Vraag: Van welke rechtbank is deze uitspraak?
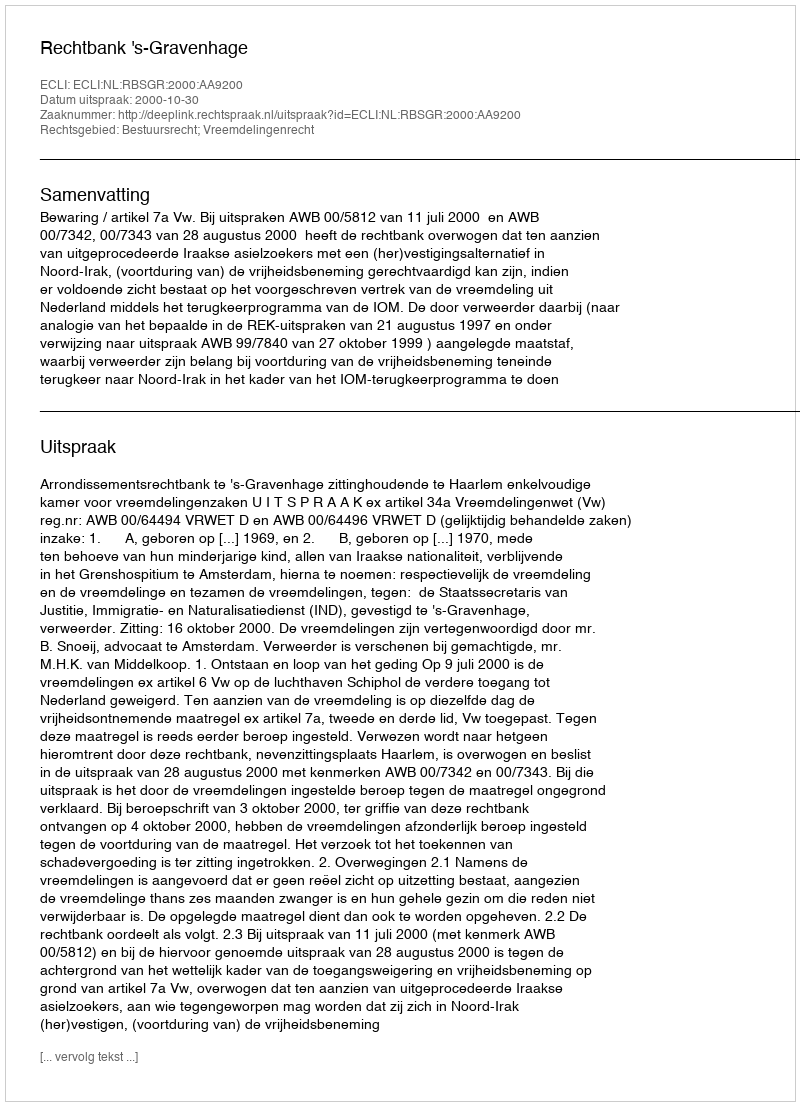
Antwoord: Rechtbank 's-Gravenhage